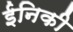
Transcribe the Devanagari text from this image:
ईनिकी